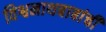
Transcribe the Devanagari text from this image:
विश्वनाथबाबांची